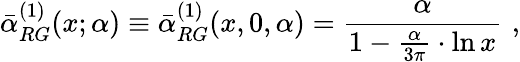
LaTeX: \bar{\alpha}_{RG}^{(1)}(x;\alpha)\equiv\bar{\alpha}_{RG}^{(1)}(x,0,\alpha)=\frac{\alpha}{1-\frac{\alpha}{3\pi}\cdot\ln x}\, \, ,